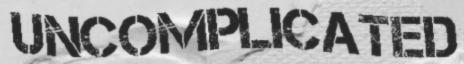
UNCOMPLICATED